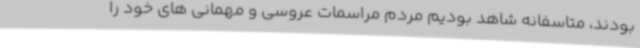
بودند، متاسفانه شاهد بودیم مردم مراسمات عروسی و مهمانی های خود را